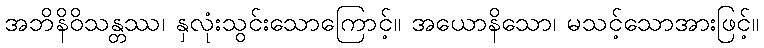
အဘိနိဝိသန္တဿ၊ နှလုံးသွင်းသောကြောင့်။ အယောနိသော၊ မသင့်သောအားဖြင့်။